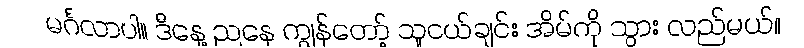
မင်္ဂလာပါ။ ဒီနေ့ ညနေ ကျွန်တော့် သူငယ်ချင်း အိမ်ကို သွား လည်မယ်။